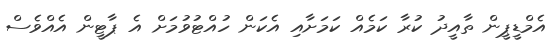
އެމްޑީޕީން ތާއީދު ކުރާ ކަމެއް ކަމަށާއި އެކަން ހުއްޓުވުމަށް އެ ޕާޓީން އެއްވެސް